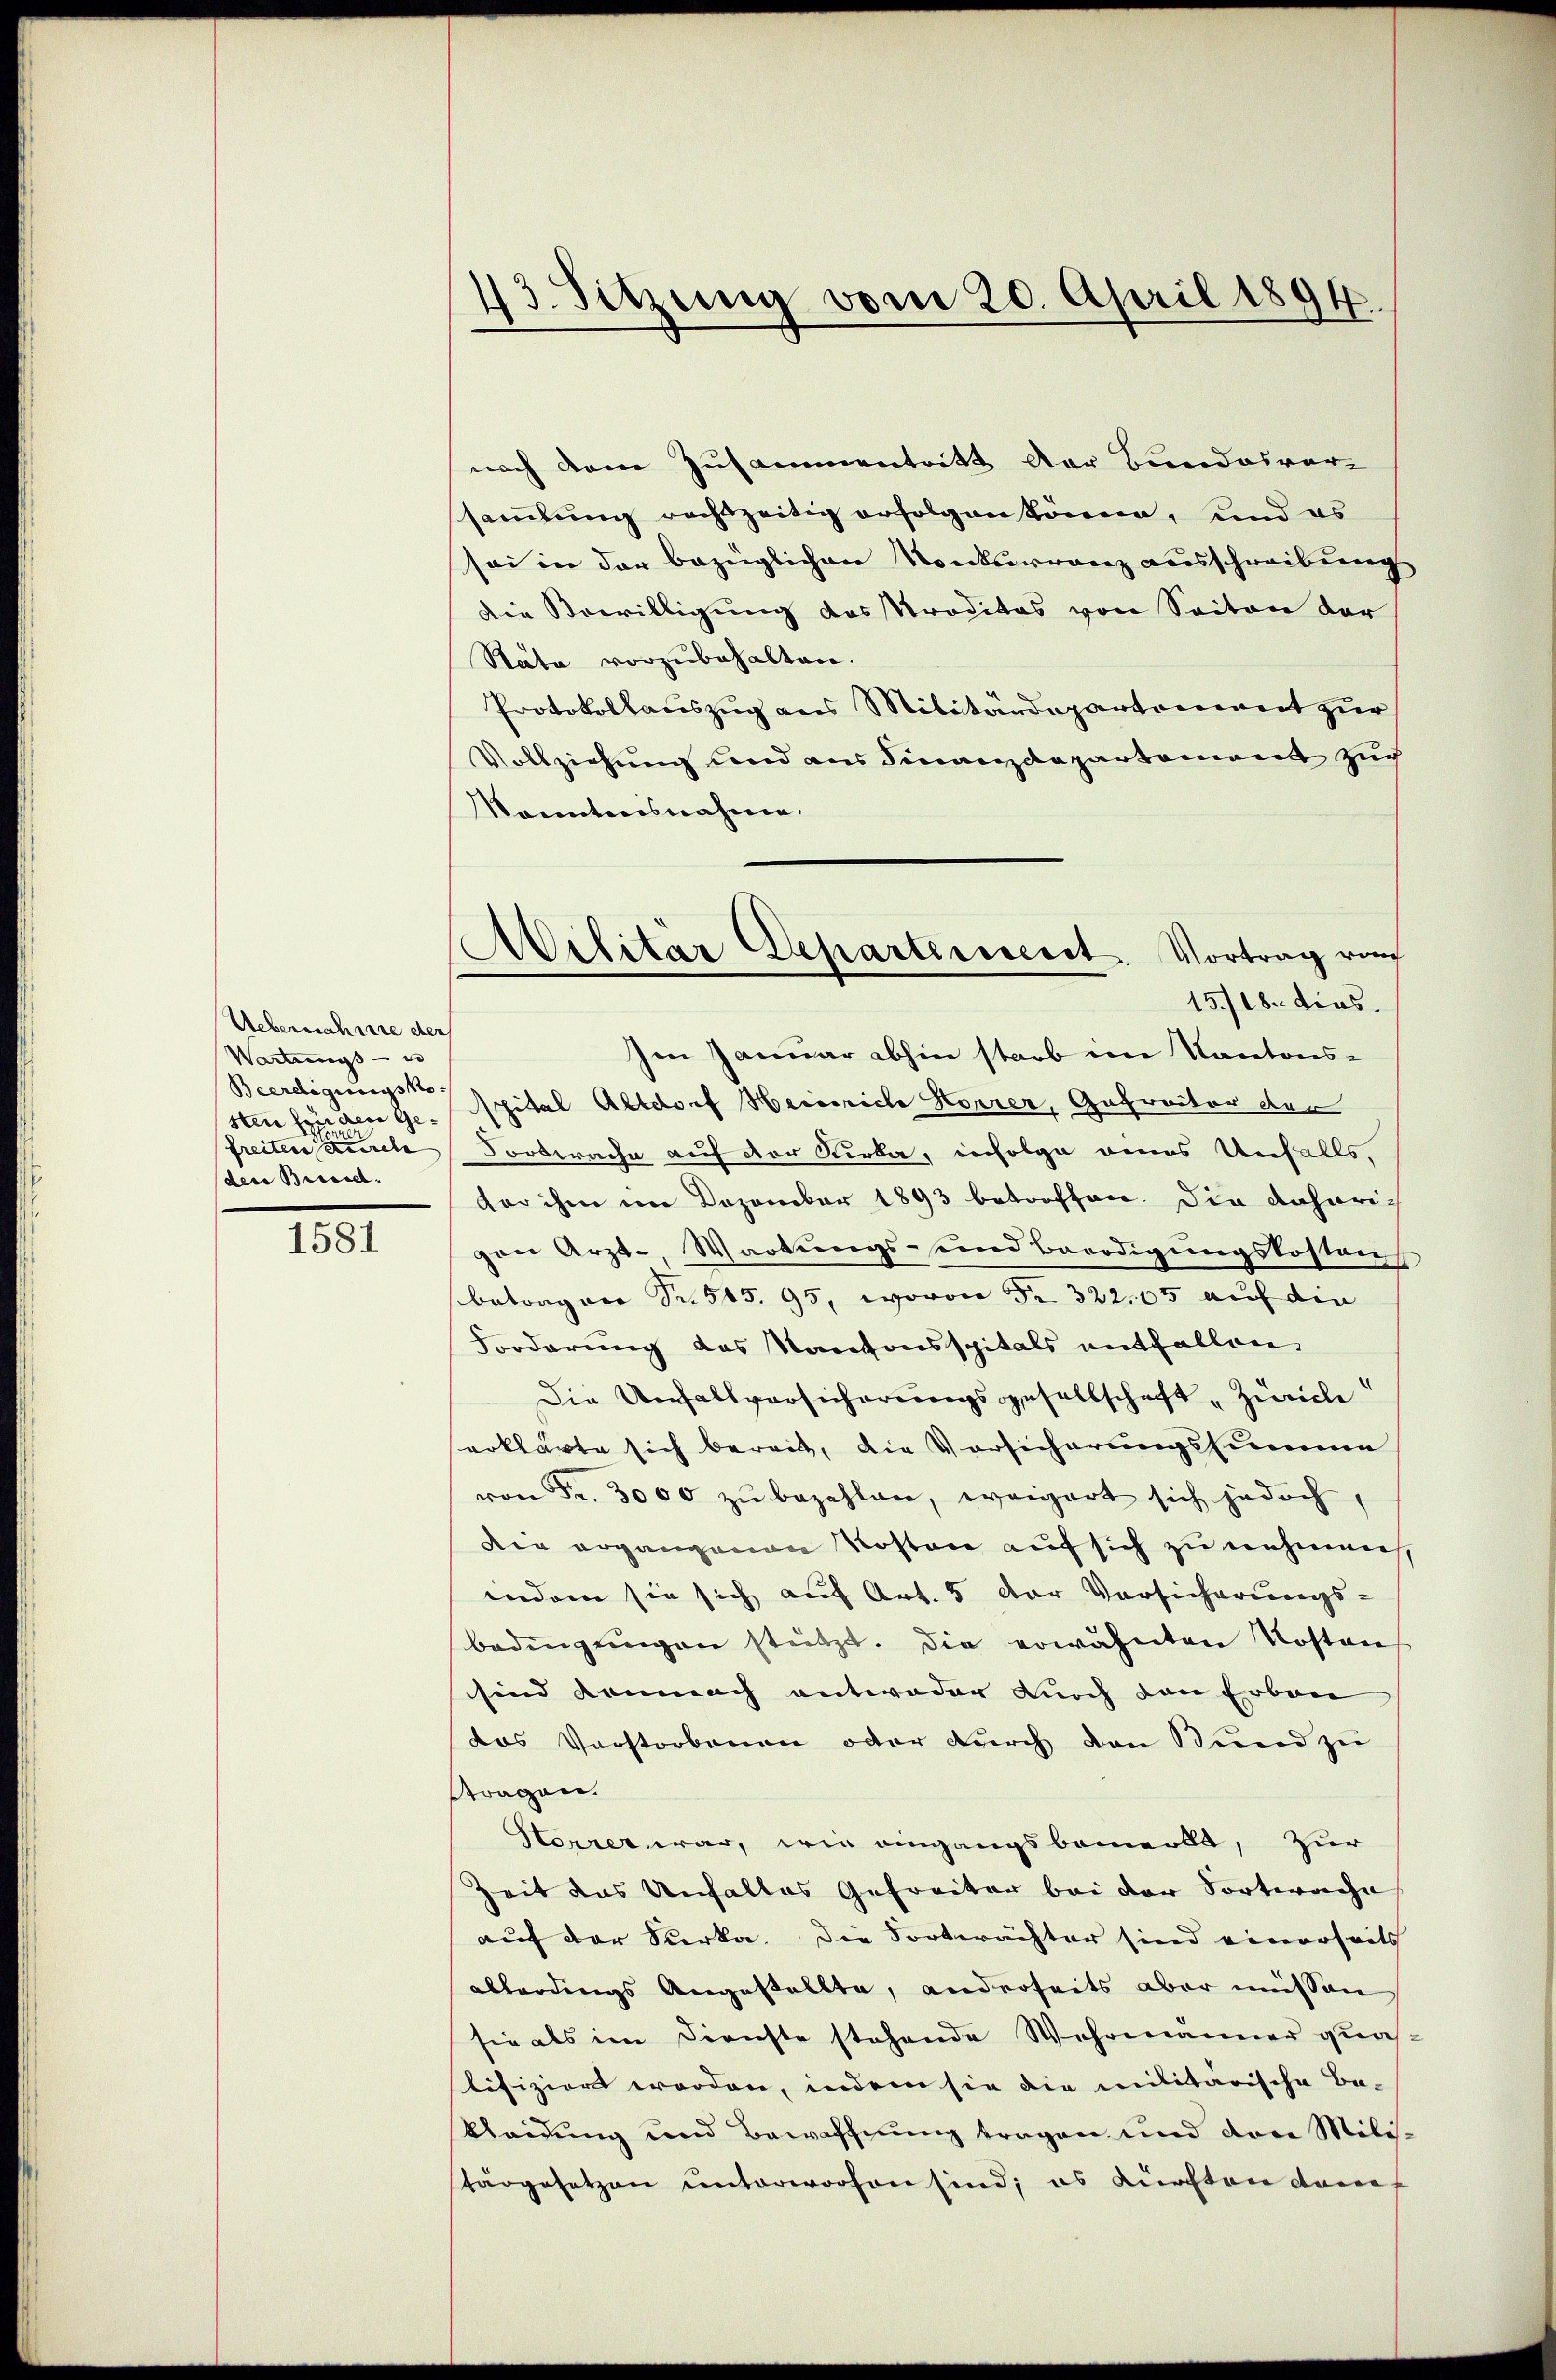
Uebernahme der
Wartungs- u
Beerdigungsko
der Bressel.

1581

nach dem Zusammentritt der Bundesvor-
samlung rechtzeitig erfolgen könne, und es
sei in der bezüglichen Konkurrenz ausschreibung
Die Bewilligung des Proditas von Seiten der
Rata vorzubehalten.
Protokollauszug aus Militärdepartement zur
Vollziehung und aus Finanzdepartement zuch
Konntensnahmen.
15/18. dies
Ien Januar abhin starb im Kantons-
sten finden Gespital Altdorf Heinrich Korrer, Getractor der
freiten durch Vortrache auf der Kirka, infolge eines Unfalls,
vor ihm im Dozember 1893 betroffen. Die daherich
gen Arzt-Wartungs- und Berodigungskosten
betragen Sr. 545. 95, wovon Fr. 322. 05 auf die
Forderung des Kantonsspitals entfallen,
Die Unfallversicherungsgesellschaft „Zürich
erklärte sich bereit, die Vorsicherungssumme
von Fr. 3000 zŭ bezahlen, weigert sich jedoch,
Die ergangenen Kosten auf sich zu nehmen
indem sie sich auf Art. 5 der Vorsicherungs-
bedingŭngen stützt. Die erwähnten Kosten
sind demnach entweder Durch den Erbau
das Vorstorbenen oder durch den Bund zu
stragen.
Horrer war, wie eingangsbemerkt, zur
Zeit das Unfalles Gefreiter bei der Sorterache
auf der Verka. Die Fortwächter sind einerseits
abberdings Angestellte, anderseits aber müssen
sie als im Dienste stehende Wehrmänner quaslifiziert worden, indem sie die militärische Be¬
Kleidung und Bewaffnung tragen und dere Militargesetzen unterworfen sind; es dürften dom

13. Sitzung vom 20. April 1894.

e
Militär Departeiiscret. Vortrag ruf